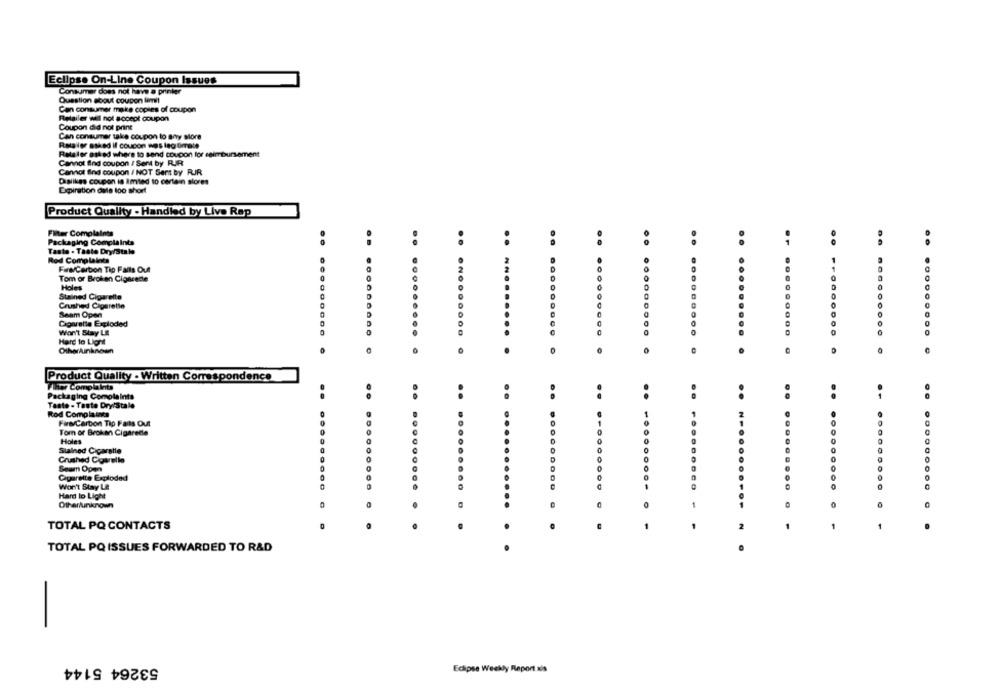
Eclipse On-Line Coupon Issues
Consumer does not have a printer
Question about coupon limit
Can consumer make copies of coupon
Retailer will not accept coupon
Coupon did not print
Can consumer take coupon to Bry store
Rataler ssied il coucon mes leg timale
Relater asked where to send coupon for seimbursement
Cannot find coupon / Sent by RUIR
Cannot find coupon / NOT Sent by RJR
Dislikes coupon is limited to certain stores
Expiration dele too short
Product Quality - Handled by Live Rap
Filter Complaints
Packaging Complaints
..
Taste . Taste Dry/Stale
Rod Complaints
Fare/Carbon Tip Falls Out
Tom or Broken Cigarede
....
Holes
....
....
Stained Cigarette
Crushed Cigarette
.......
Seam Open
Cigarette Exploded
Won't Stay Lit
.. ....... 00
...
Hard to Light
.....
.. .........
OtherAinknown
Product Quality - Written Correspondence
Flite Complaints
Packaging Complaints
..
Taste - Taste Dry/Stale
Rod Complaints
Fire/Carton Tip Faits Out
Tom or Broken Cigarede
Holes
Stalned Cicaratie
0
Crushed Courelle
Seem Open
Cigarette Exploded
Won't Stay La
...... . . .
Hard to Light
Other/unknown
.. ......... .
0
.1 ......... .
.. ...... 000 0
..
TOTAL PQ CONTACTS
2
1
TOTAL PQ ISSUES FORWARDED TO R&D
-
53264 5144
Eclipse Weekly Report sis